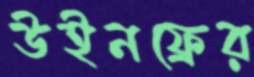
উইনফ্রের